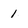
Character: 1